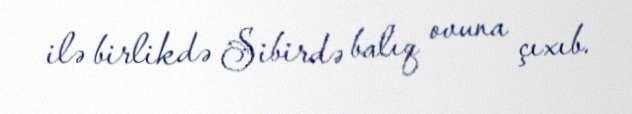
ilə birlikdə Sibirdə balıq ovuna çıxıb.